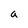
Character: a